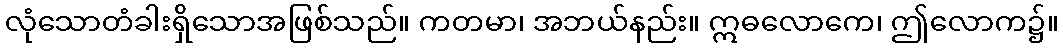
လုံသောတံခါးရှိသောအဖြစ်သည်။ ကတမာ၊ အဘယ်နည်း။ ဣဓလောကေ၊ ဤလောက၌။